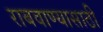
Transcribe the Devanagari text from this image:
राबवाण्यासाठी